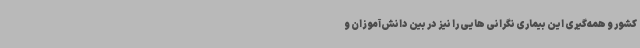
کشور و همه‌گیری این بیماری نگرانی هایی را نیز در بین دانش‌آموزان و